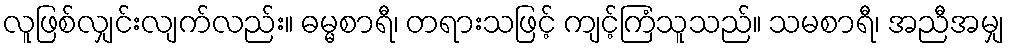
လူဖြစ်လျှင်းလျက်လည်း။ ဓမ္မစာရီ၊ တရားသဖြင့် ကျင့်ကြံသူသည်။ သမစာရီ၊ အညီအမျှ